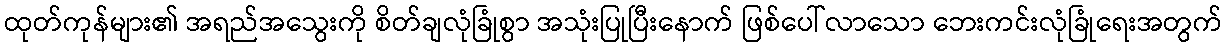
ထုတ်ကုန်များ၏ အရည်အသွေးကို စိတ်ချလုံခြုံစွာ အသုံးပြုပြီးနောက် ဖြစ်ပေါ်လာသော ဘေးကင်းလုံခြုံရေးအတွက်